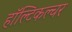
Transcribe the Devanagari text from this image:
हॉल्टिकल्चर